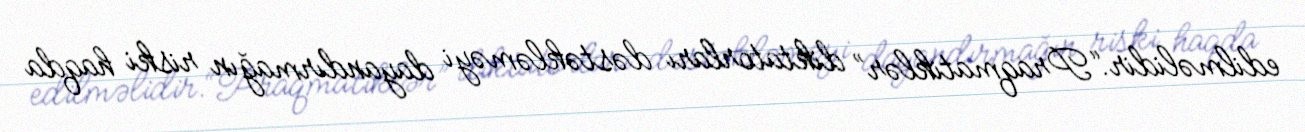
edilməlidir.“Praqmatiklər” diktatorları dəstəkləməyi dayandırmağın riski haqda